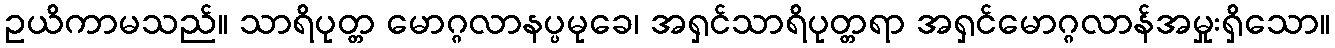
ဥယိကာမသည်။ သာရိပုတ္တ မောဂ္ဂလာနပ္ပမုခေ၊ အရှင်သာရိပုတ္တရာ အရှင်မောဂ္ဂလာန်အမှုးရှိသော။